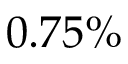
0 . 7 5 \%